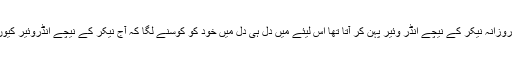
چونکہ میں روزانہ نیکر کے نیچے انڈر وئیر پہن کر آتا تھا اس لیئے میں دل ہی دل میں خود کو کوسنے لگا کہ آج نیکر کے نیچے انڈروئیر کیوں نہیں پہنا ؟